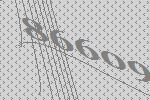
86609